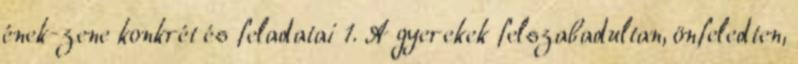
ének-zene konkrét és feladatai 1. A gyerekek felszabadultan, önfeledten,